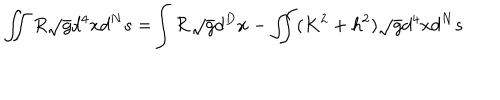
\int \! \! \! \! \int R \sqrt { g } d ^ { 4 } x d ^ { N } s = \! \int { \cal R } \sqrt { g } d ^ { D } x - \int \! \! \! \! \int ( K ^ { 2 } + h ^ { 2 } ) \sqrt { g } d ^ { 4 } x d ^ { N } s